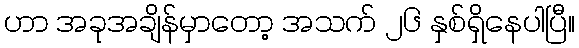
ဟာ အခုအချိန်မှာတော့ အသက် ၂၆ နှစ်ရှိနေပါပြီ။